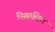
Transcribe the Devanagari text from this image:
निखालिस